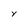
Character: Y